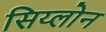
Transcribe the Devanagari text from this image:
सिय्लोन